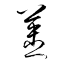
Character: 薑